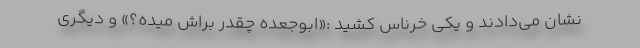
نشان می‌دادند و یکی خرناس کشید :«ابوجعده چقدر براش میده؟» و دیگری